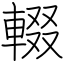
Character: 輟